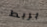
بربط